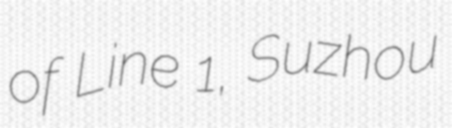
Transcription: of Line 1, Suzhou